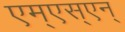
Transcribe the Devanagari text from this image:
एम्‌एस्‌एन्‌